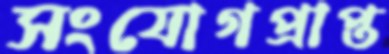
সংযোগপ্রাপ্ত